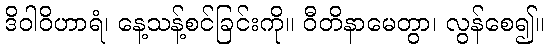
ဒိဝါဝိဟာရံ၊ နေ့သန့်စင်ခြင်းကို။ ဝီတိနာမေတွာ၊ လွန်စေ၍။